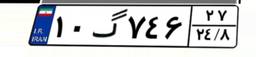
۲۶گ۲۹۹۳۳